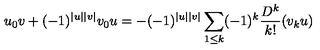
u _ { 0 } v + ( - 1 ) ^ { | u | | v | } v _ { 0 } u = - ( - 1 ) ^ { | u | | v | } \sum _ { 1 \leq k } ( - 1 ) ^ { k } \frac { D ^ { k } } { k ! } ( v _ { k } u )